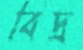
বিদ্র